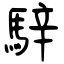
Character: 騂